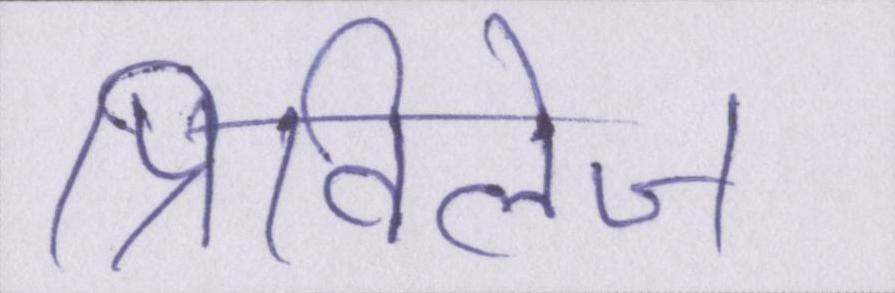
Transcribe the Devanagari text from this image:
प्रिविलेज